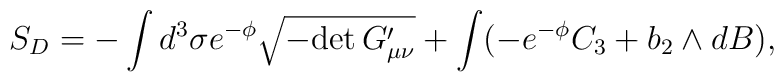
S_D= - \int d^3 \sigma e^{-\phi} \sqrt{-{\rm det}\, G_{\mu\nu}^{\prime}} +\int( -e^{-\phi}C_3+b_2\wedge dB) ,